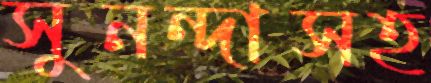
সুনন্দাসহ